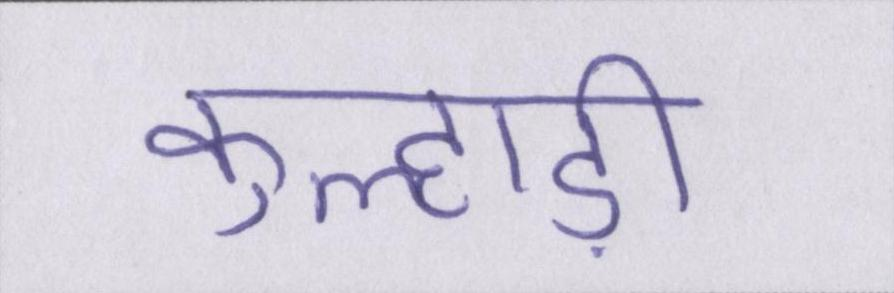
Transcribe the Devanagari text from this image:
कुल्हाड़ी